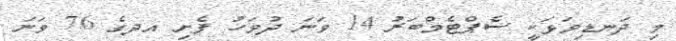
މި ދަނޑިވަޅަކީ ސެޕްޓެމްބަރު 14 ވަނަ ދުވަހު ފެށި އދގެ 76 ވަނަ